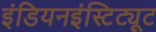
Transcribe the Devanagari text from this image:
इंडियनइंस्टिट्यूट